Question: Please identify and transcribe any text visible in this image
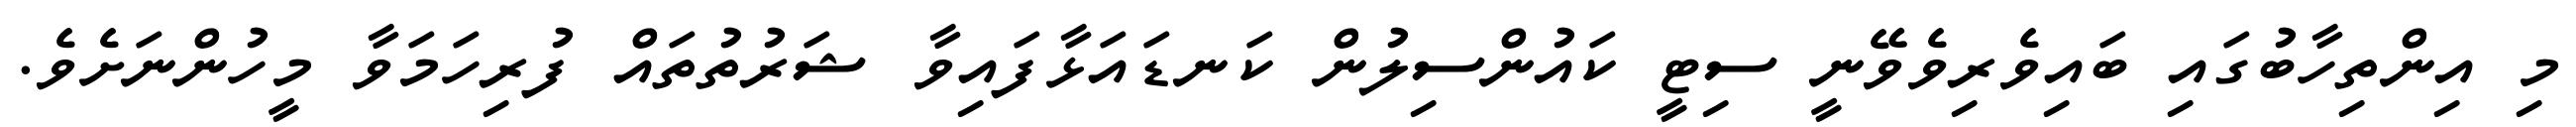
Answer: މި އިންތިހާބުގައި ބައިވެރިވެވޭނީ ސިޓީ ކައުންސިލުން ކަނޑައަޅާފައިވާ ޝަރުތުތައް ފުރިހަމަވާ މީހުންނަށެވެ.